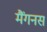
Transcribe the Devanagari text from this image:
मैंगनस